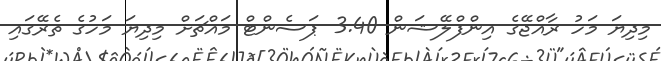
މިދިޔަ މަހު ރާއްޖޭގެ އިންފްލޭޝަން 3.40 ޕަސެންޓް މައްޗަށް މިދިޔަ މަހުގެ ތެރޭގައި